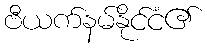
ဗီယက်နမ်နိုင်ငံ၏